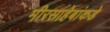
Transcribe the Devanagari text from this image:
मीरसाहेबांकडे